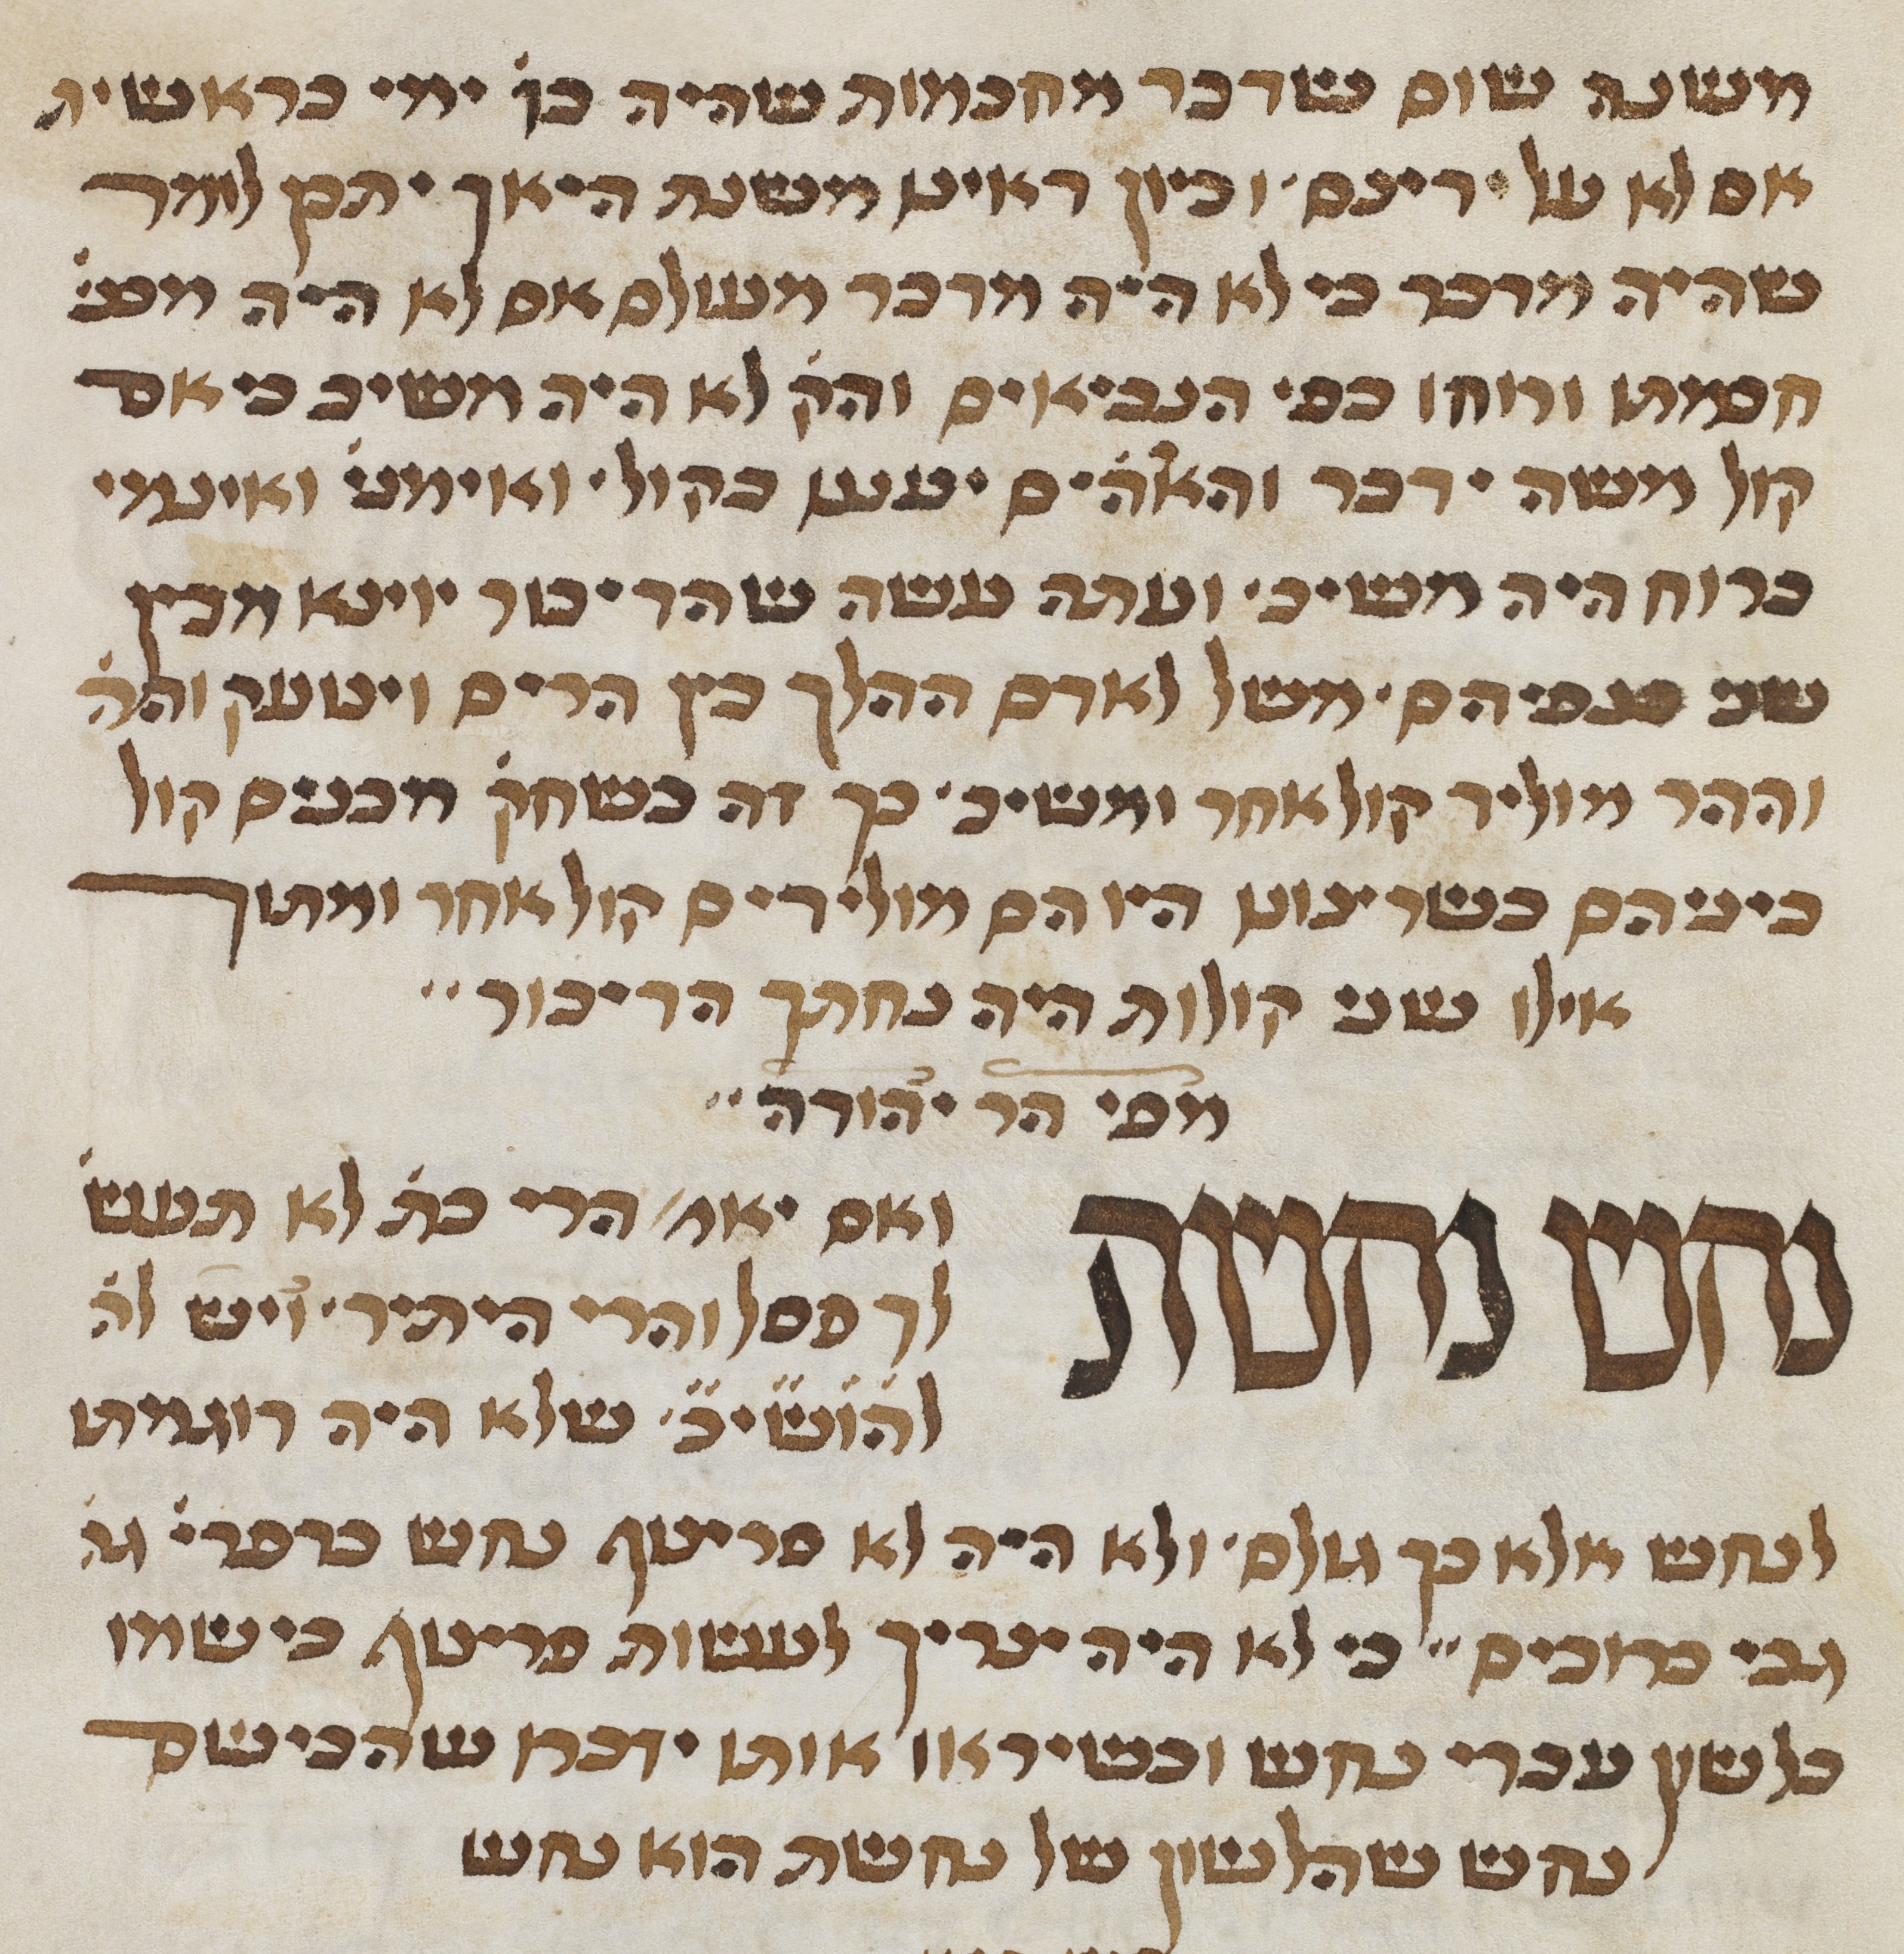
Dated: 1450–1499